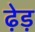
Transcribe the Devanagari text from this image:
ढ़ेड़